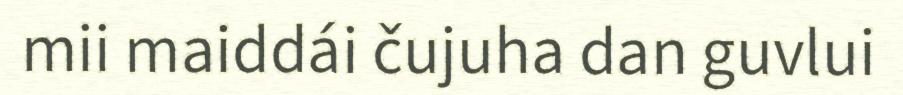
mii maiddái čujuha dan guvlui